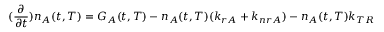
( \frac { \partial } { \partial t } ) n _ { A } ( t , T ) = G _ { A } ( t , T ) - n _ { A } ( t , T ) ( k _ { r A } + k _ { n r A } ) - n _ { A } ( t , T ) k _ { T R }